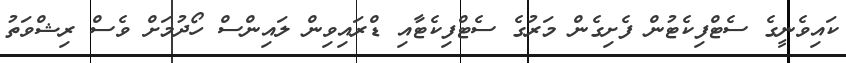
ކައިވެނީގެ ސެޓްފިކެޓުން ފެށިގެން މަރުގެ ސެޓްފިކެޓާއި ޑްރައިވިން ލައިންސް ހޯދުމަށް ވެސް ރިޝްވަތު